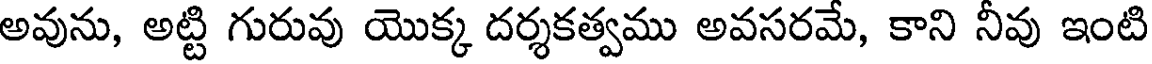
అవును, అట్టి గురువు యొక్క దర్శకత్వము అవసరమే, కాని నీవు ఇంటి